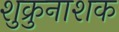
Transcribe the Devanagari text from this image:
शुक्रुनाशक